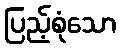
ပြည့်စုံသော